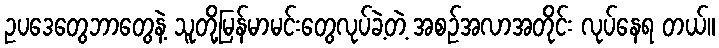
ဥပဒေတွေဘာတွေနဲ့ သူတို့မြန်မာမင်းတွေလုပ်ခဲ့တဲ့ အစဉ်အလာအတိုင်း လုပ်နေရ တယ်။